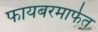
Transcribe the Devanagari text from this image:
फायबरमार्फत